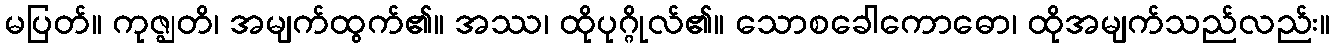
မပြတ်။ ကုဇ္ဈတိ၊ အမျက်ထွက်၏။ အဿ၊ ထိုပုဂ္ဂိုလ်၏။ သောစခေါကောဓော၊ ထိုအမျက်သည်လည်း။